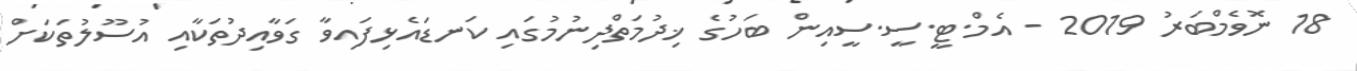
18 ނޮވެމްބަރު 2019 - އެމް.ޓީ.ސީ.ސީއިން ބަހުގެ ޚިދުމަތްދިނުމުގައި ކަނޑައެޅިފައިވާ ގަވާއިދުތަކާއި އުސޫލުތަކަށް